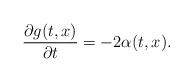
LaTeX: \begin{align*}\frac{\partial g(t,x)}{\partial t}=-2\alpha(t,x).\end{align*}